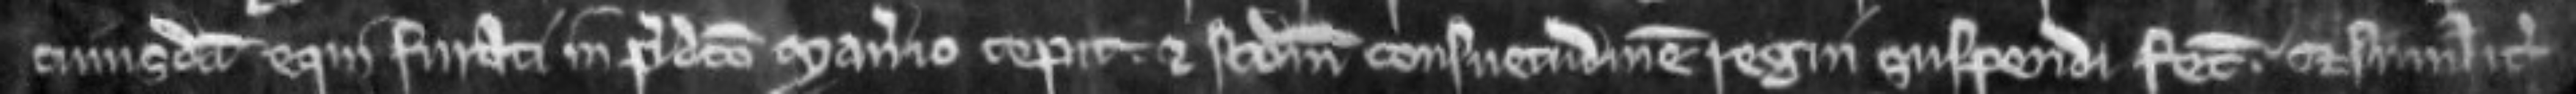
cujusdam equi furati in predicto manerio cepit et secundum consuetudinem regni suspendi fecit. et similiter